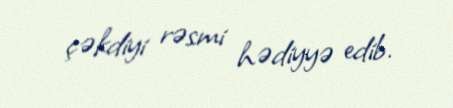
çəkdiyi rəsmi hədiyyə edib.